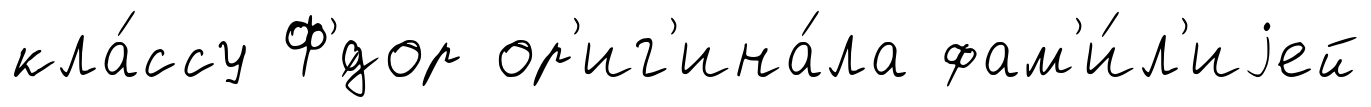
кла́ссу Ф'́дор ор'иг'ина́ла фам'и́л'иjей